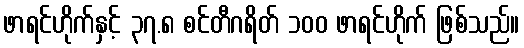
ဖာရင်ဟိုက်နှင့် ၃၇.၈ စင်တီဂရိတ် ၁၀၀ ဖာရင်ဟိုက် ဖြစ်သည်။